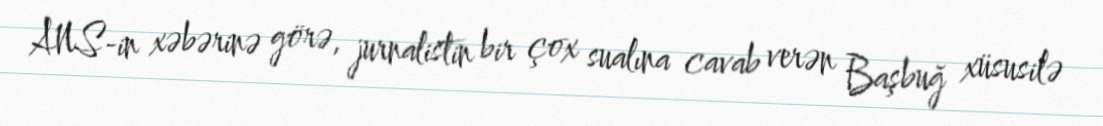
ANS-in xəbərinə görə, jurnalistin bir çox sualına cavab verən Başbuğ xüsusilə